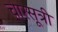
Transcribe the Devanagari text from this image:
चारसूत्री